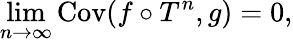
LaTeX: \operatorname*{lim}_{n\to\infty}\operatorname{Cov}(f\circ T^{n},g)=0,